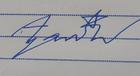
Signature authenticity: forged